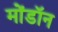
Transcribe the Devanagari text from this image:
मोंडॉन